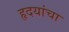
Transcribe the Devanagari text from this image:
हृदयांचा